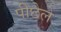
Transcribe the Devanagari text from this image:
पीछेले